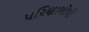
પરિણામોથી